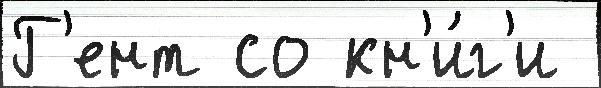
Г'ент со кн'и́г'и